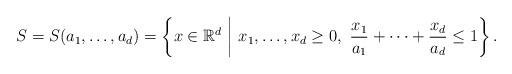
LaTeX: \begin{align*}S = S(a_1 , \dots , a_d) = \left\{ x \in \mathbb{R}^d \,\, \middle| \,\, x_1 , \dots , x_d \ge 0, \,\, \frac{x_1}{a_1} + \cdots + \frac{x_d}{a_d} \le 1 \right\} .\end{align*}